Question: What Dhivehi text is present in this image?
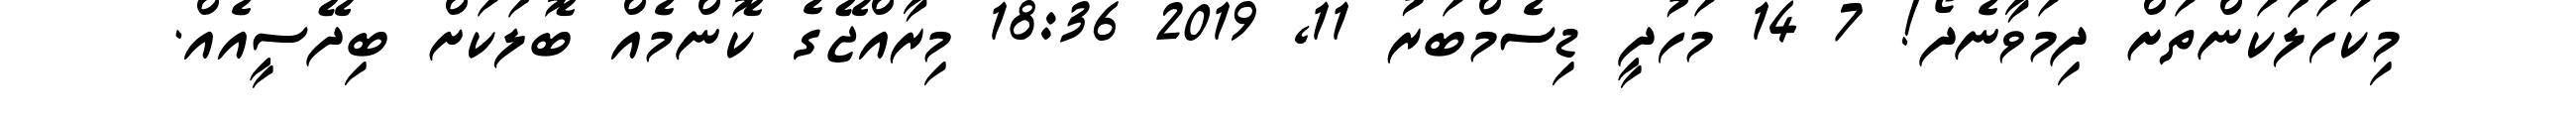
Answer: މިކަހަލަކަންތަށް ދިމަވާނެދޯ! 7 14 މަހުދީ ޑިސެމްބަރު 11, 2019 18:36 މިރާއްޖޭގެ ކޮންމެއް ބޮލަކަށް ބިދޭސީއެއް.